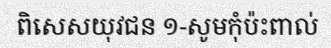
ពិសេសយុវជន ១-សូមកុំប៉ះពាល់